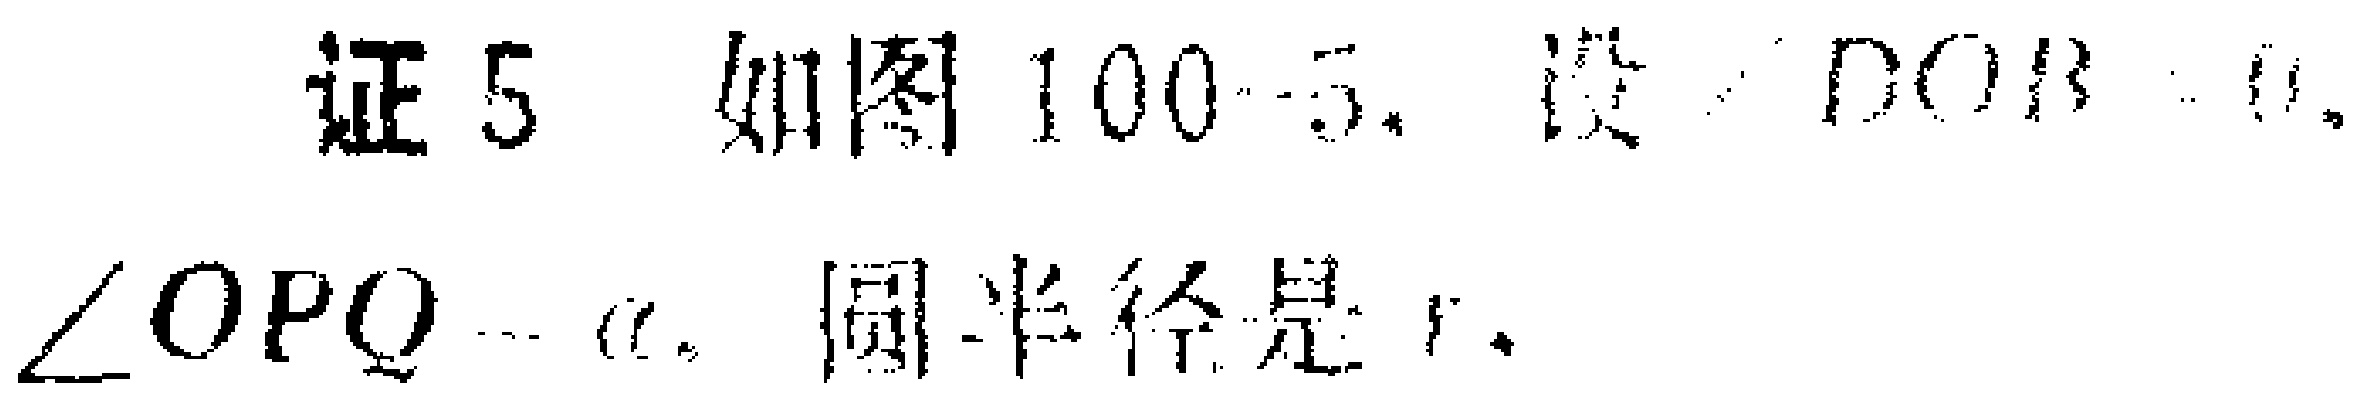
证5 如图100 - 5，设\(\angle DOB = \theta\)，\(\angle OPQ=\alpha\)，圆半径是\(r\)。